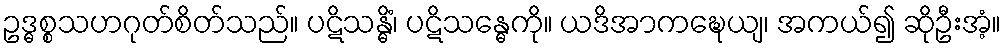
ဥဒ္ဓစ္စသဟဂုတ်စိတ်သည်။ ပဋိသန္ဓိံ၊ ပဋိသန္ဓေကို။ ယဒိအာကဍ္ဎေယျ၊ အကယ်၍ ဆိုဦးအံ့။